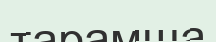
тарамша